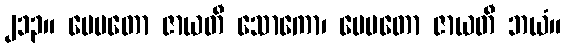
၂၁၃။ ပေမတော ဇာယတီ သောကော၊ ပေမတော ဇာယတီ ဘယံ။